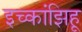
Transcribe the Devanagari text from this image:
इच्कांझिहू